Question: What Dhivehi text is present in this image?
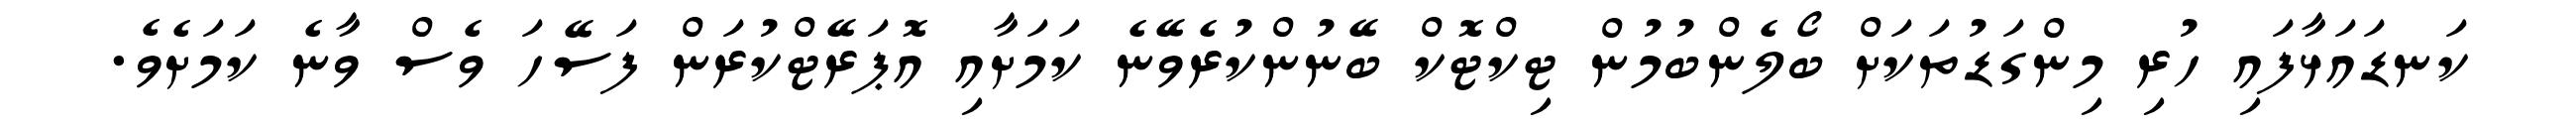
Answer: ކަނޑައަޅާފައި ހުރި މިންގަޑުތަކަށް ބޯލެންބުމުން ޓިކްޓޮކް ބޭނުންކުރެވޭނެ ކަމަށާއި އޮޕަރޭޓްކުރަން ފަސޭހަ ވެސް ވާނެ ކަމަށެވެ.